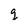
Character: q